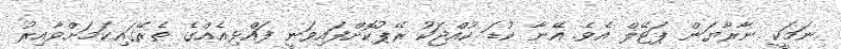
ނަމަކީ ނާރާޔަން ޕަޓޭލް އެވެ. އޭނާ ކުޑަ ކުއްޖަކު ރޭޕުކޮށްފައިވަނީ ފައްޅިއެއްގެ ތެރޭގައިކަމަށްވާއިރު